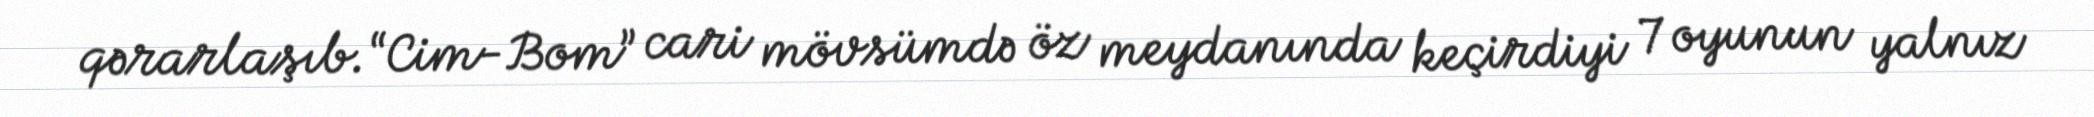
qərarlaşıb.“Cim-Bom” cari mövsümdə öz meydanında keçirdiyi 7 oyunun yalnız